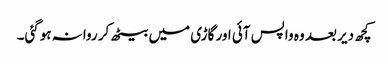
کچھ دیر بعد وہ واپس آئی اور گاڑی میں بیٹھ کر روانہ ہوگئی۔